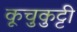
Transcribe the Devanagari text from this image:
कूचुकुट्टी